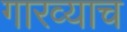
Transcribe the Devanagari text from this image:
गारव्याच